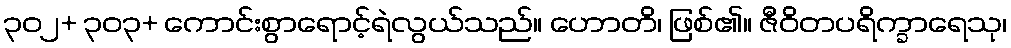
၃၀၂+ ၃၀၃+ ကောင်းစွာရောင့်ရဲလွယ်သည်။ ဟောတိ၊ ဖြစ်၏။ ဇီဝိတပရိက္ခာရေသု၊